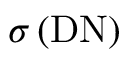
\sigma \, ( \mathrm { D N } )